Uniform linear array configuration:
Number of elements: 48
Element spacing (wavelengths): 0.25
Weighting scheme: hann
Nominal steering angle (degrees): -30
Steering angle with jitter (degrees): -29.841
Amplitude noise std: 0.05
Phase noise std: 0.05

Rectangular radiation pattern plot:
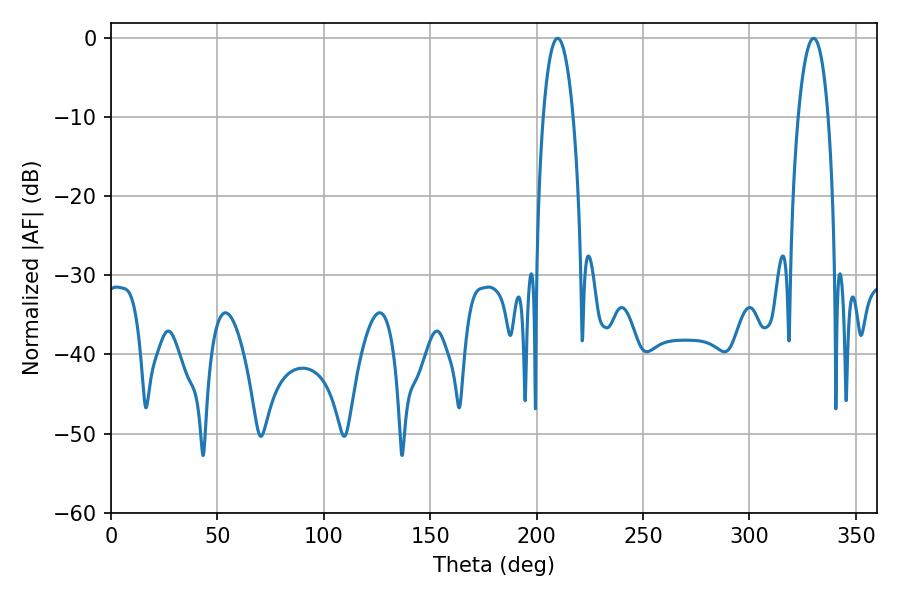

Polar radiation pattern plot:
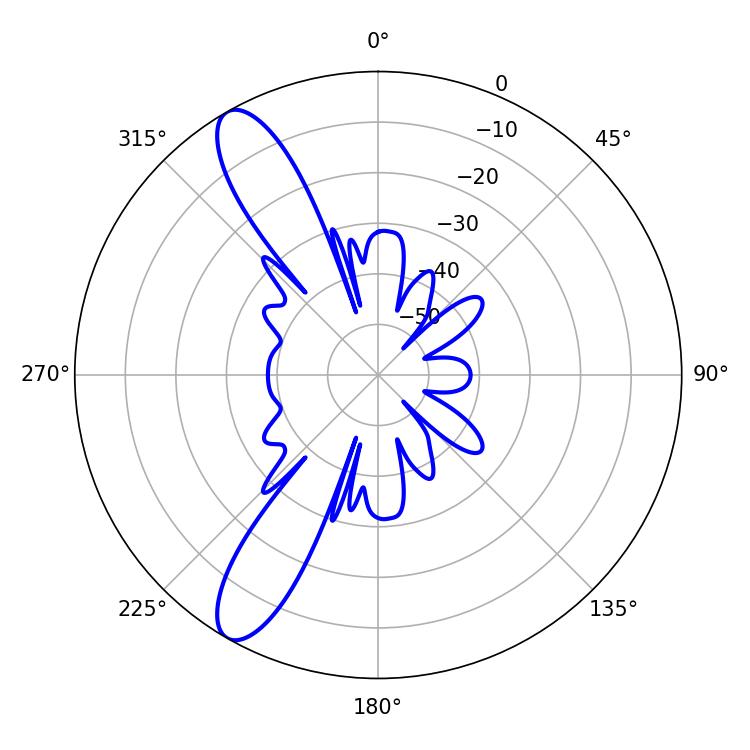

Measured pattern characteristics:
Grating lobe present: FALSE
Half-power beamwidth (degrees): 7.92
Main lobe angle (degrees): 209.88